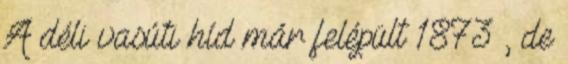
A déli vasúti híd már felépült 1873 , de